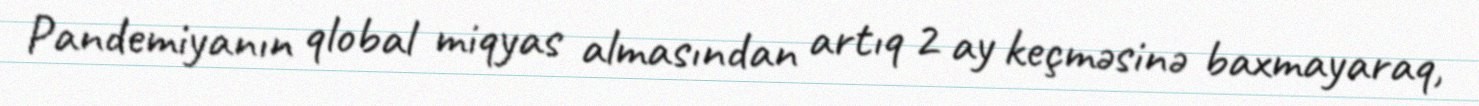
Pandemiyanın qlobal miqyas almasından artıq 2 ay keçməsinə baxmayaraq,